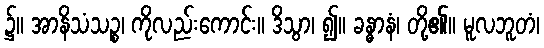
၌။ အာနိသံသဉ္စ၊ ကိုလည်းကောင်း။ ဒိသွာ၊ ၍။ ခန္ဓာနံ၊ တို့၏။ မူလဘူတံ၊